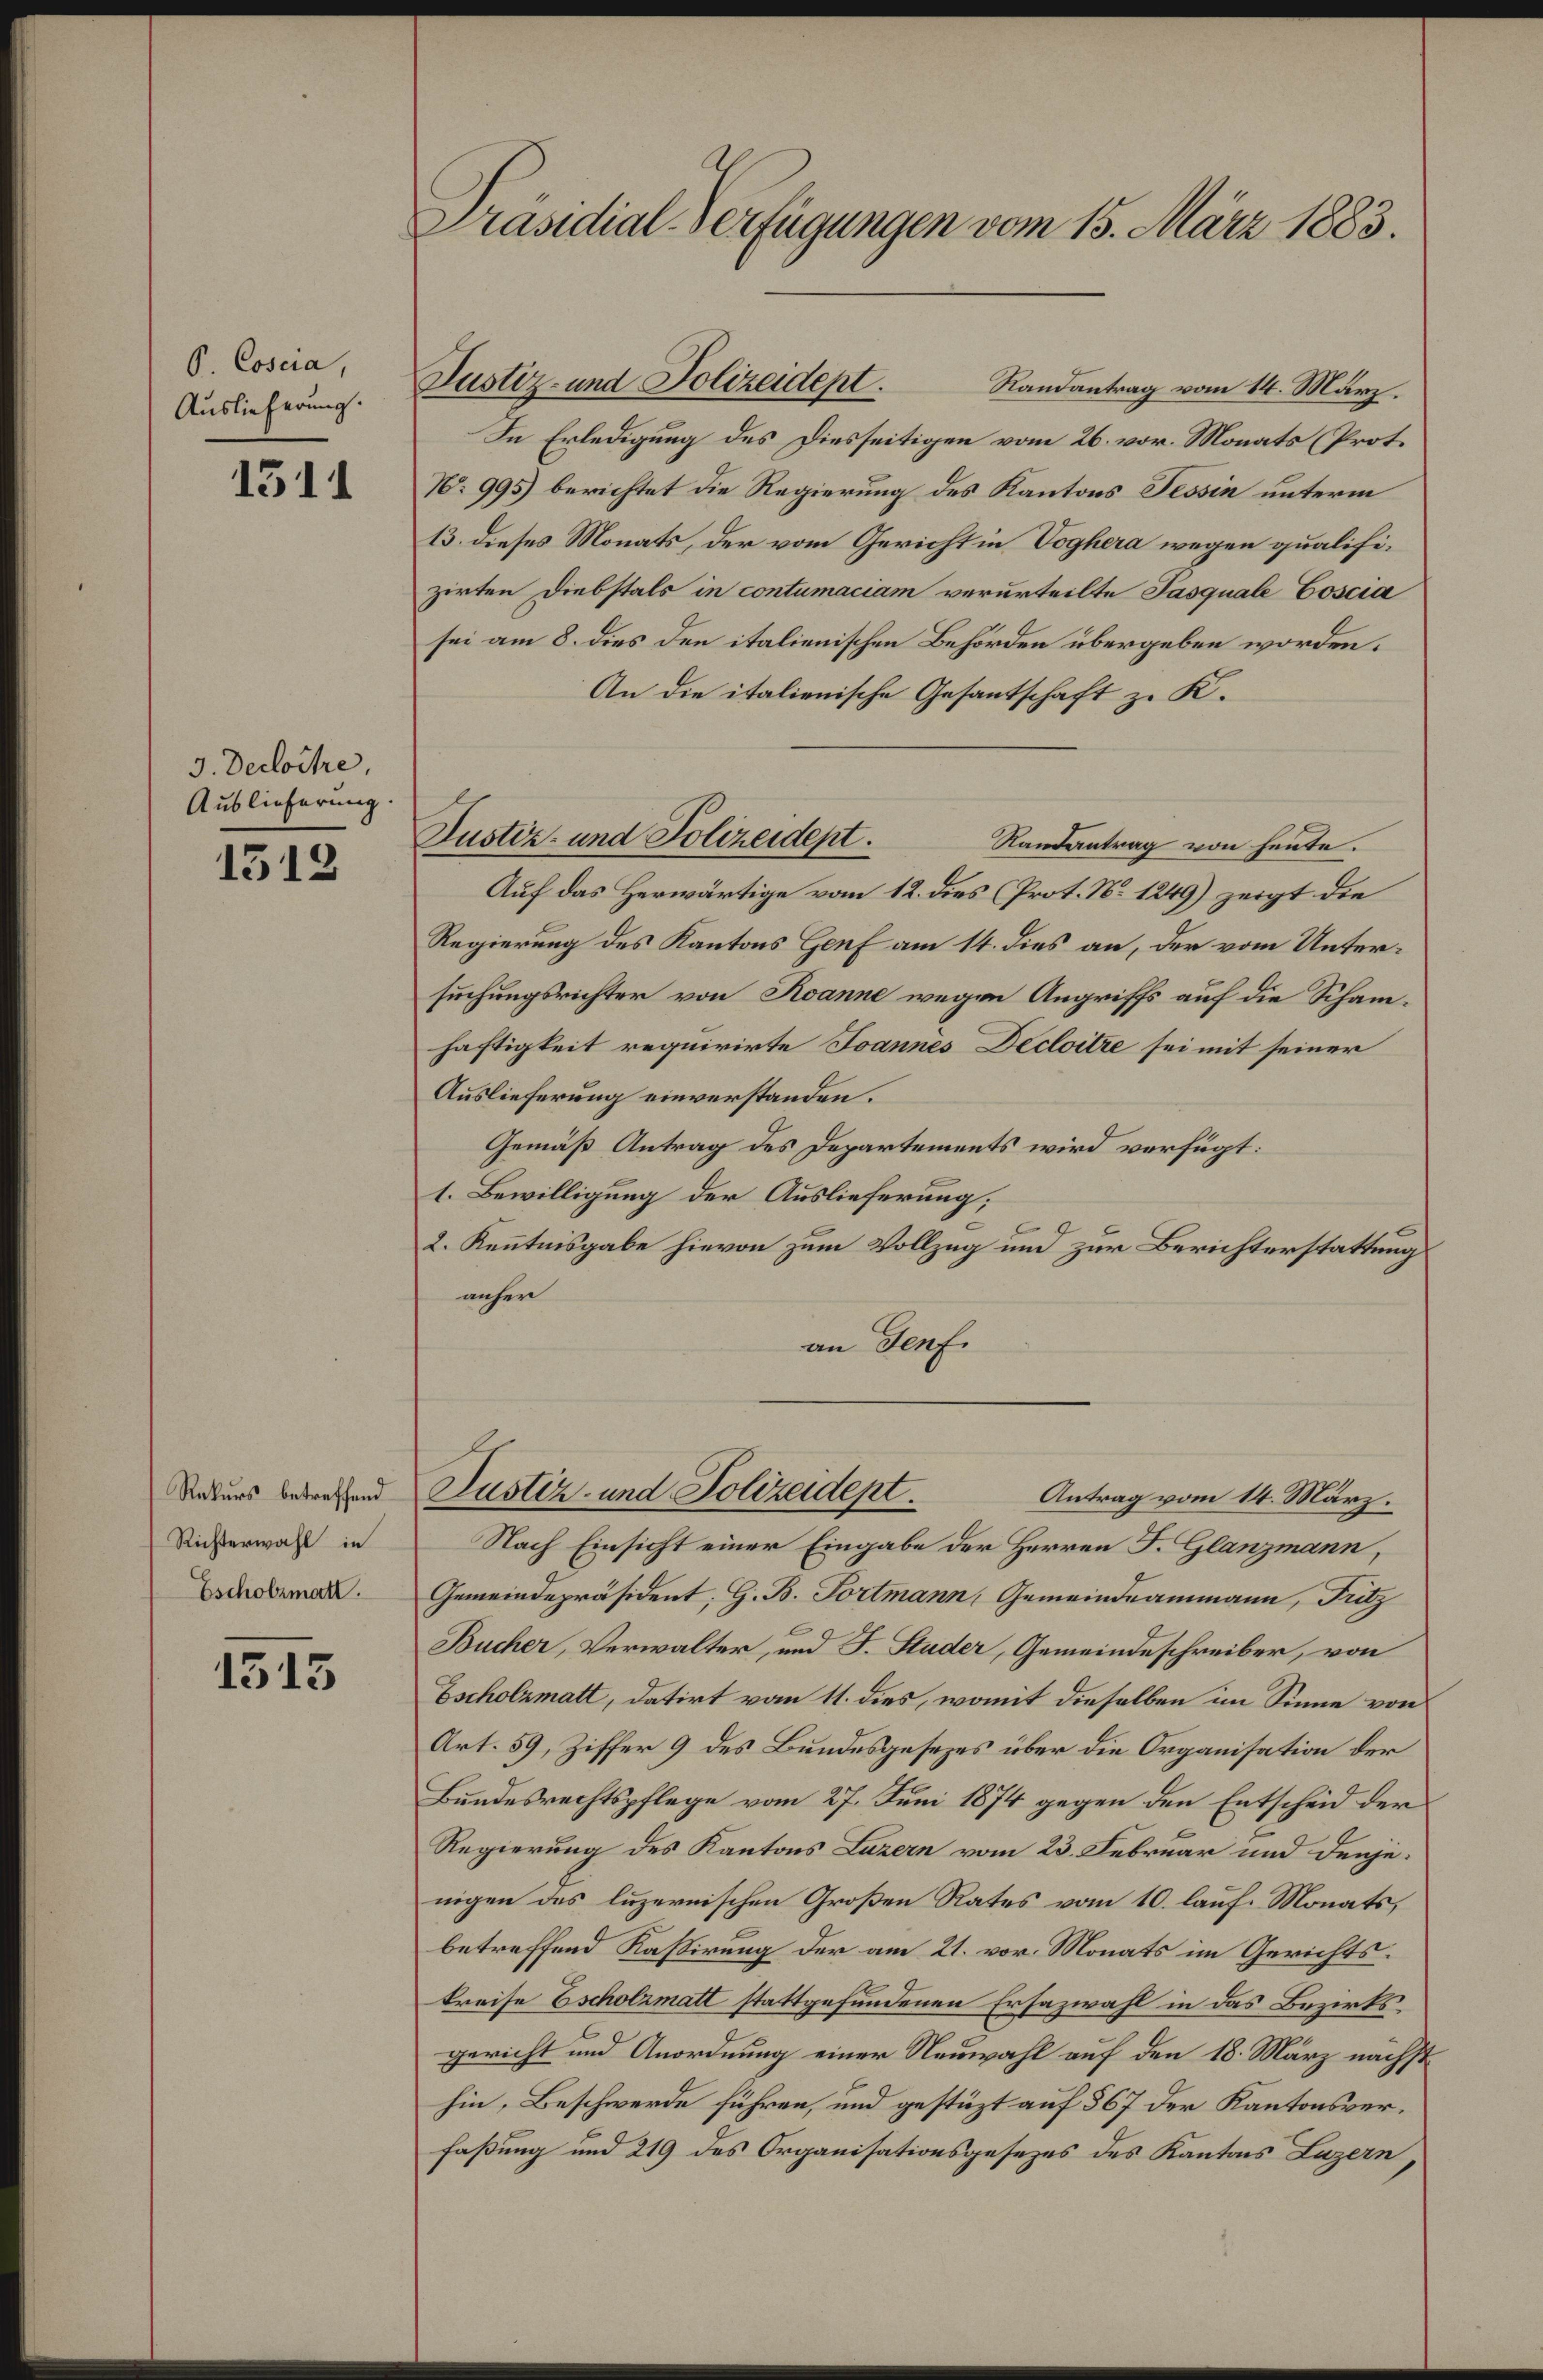
P. Cosera,
Auslieferung.

1511

3. Decloitre,
Auslieferung

1318

Rekurs betreffend
Richterwahl in
Escholzmatt.

1513

Präsidial-Verfügungen vom 15. März 1883.

In Erledigung des Diesseitigen vom 26. vor. Monats (Prot.
No 995) berichtet die Regierung des Kantons Tessin unterm
13. dieses Monats, der vom Gericht in Voghera wegen qualifizirten Diebstals in contumaciam verurteilte Pasquale Coscia
sei am 8. dies den italienischen Behörden übergeben worden.
An die italienische Gesantschaft zu K.
Randantrag von heute.
Auf das Herwärtige vom 12. dies (Prot. No 1249) zeigt die
Regierung des Kantons Genf am 14. dies an, der vom Untersuchungsrichter von Roanne wegen Angriffs auf die Schanhaftigkeit requirirte Joannes Decloitre sei mit seiner
Auslieferung einverstanden.
Gemäß Antrag des Departements wird verfügt:
1. Bewilligung der Auslieferung;
2. Kenntnisgabe hievon zum Vollzug und zur Berichterstattungs
anher
an Genf.

Justiz- und Polizeidept. Randantrag vom 14. März.

Justiz- und Polizeidept.

Antrag vom 14. März.
Nach Einsicht einer Eingabe der Herren F. Glanzmann,
Gemeindepräsident, G. B. Fortmann, Gemeindeammann, Fritz
Bucher, Verwalter, und J. Studer, Gemeindeschreiber, von
Escholzmatt, datirt vom 11. dies, womit dieselben im Sinne von
Art. 59, Ziffer 9 des Bundesgesetzes über die Organisation der
Bundesrechtspflege vom 27. Juni 1874 gegen den Entscheid der
Regierung des Kantons Luzern vom 23. Februar und denjenigen des luzernischen Großen Rates vom 10. lauf. Monats,
betreffend Kassirung der am 21. vor. Monats im Gerichts.
kreise Escholzmatt stattgefundenen Ersazwahl in das Bezirksgericht und Anordnung einer Neuwahl auf den 18. März nächst
hin, Beschwerde führen, und gestüzt auf 567 der Kantonsverfaßung und 219 des Organisationsgesezes des Kantons Luzern,

Justiz- und Polizeidept.